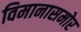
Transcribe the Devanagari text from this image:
विमानासमोर